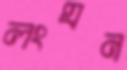
লংঘন